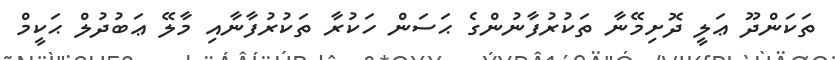
ތަކަންދޫ ޢަލީ ދޮށިމޭނާ ތަކުރުފާނުންގެ ޙަސަން ހަކުރާ ތަކުރުފާނާއި މާލޭ ޢަބުދުލް ޙަކީމް